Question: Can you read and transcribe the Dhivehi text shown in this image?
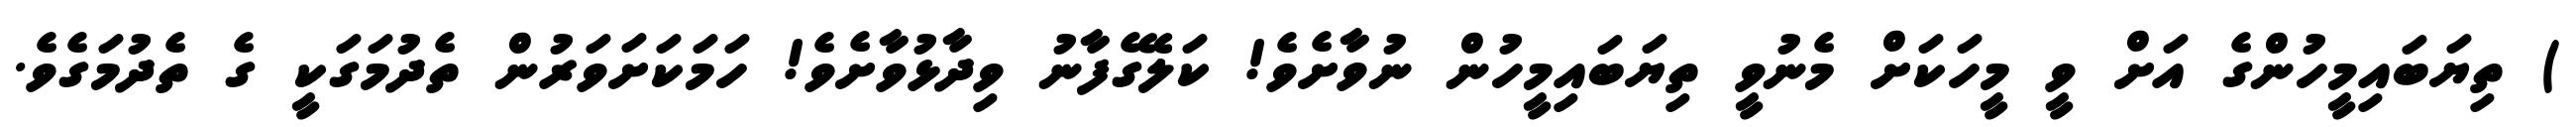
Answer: ) ތިޔަބައިމީހުންގެ އަށް ވީ މީހަކަށް މެނުވީ ތިޔަބައިމީހުން ނުވާށެވެ! ކަލޭގެފާނު ވިދާޅުވާށެވެ! ހަމަކަށަވަރުން ތެދުމަގަކީ ގެ ތެދުމަގެވެ.